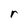
Character: r